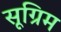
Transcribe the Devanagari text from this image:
सूग्रिम